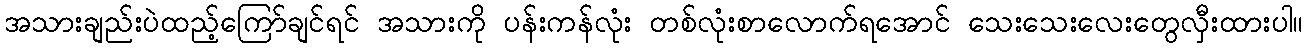
အသားချည်းပဲထည့်ကြော်ချင်ရင် အသားကို ပန်းကန်လုံး တစ်လုံးစာလောက်ရအောင် သေးသေးလေးတွေလှီးထားပါ။